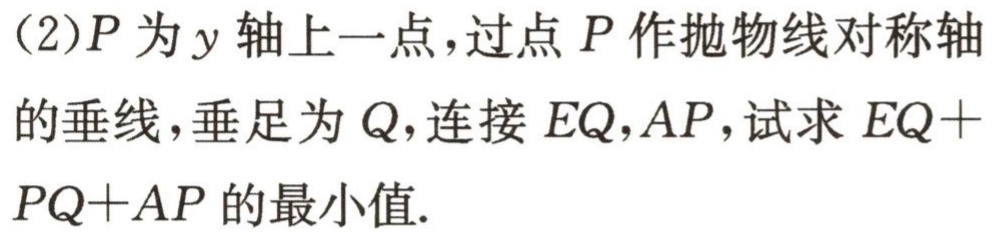
(2)$P$为$y$轴上一点，过点$P$作抛物线对称轴的垂线，垂足为$Q$，连接$EQ,AP$，试求$EQ + PQ+AP$的最小值.